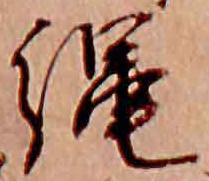
縄